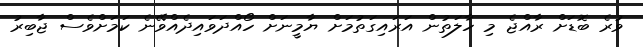
ވުރެ ބޮޑަށް ރާއްޖެ މި ހާލަތުން އަރައިގަތުމަށް ޔާމީނަށް ހޯއްދަވައިދެއްވޭނެ ކަމަށްވެސް ޖާބިރު